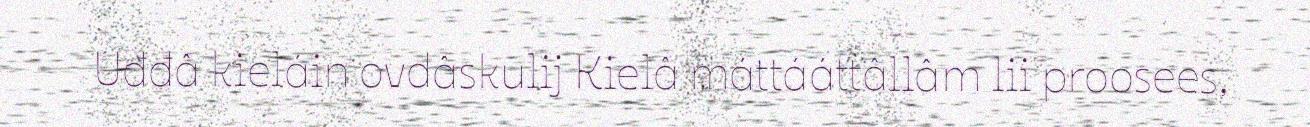
Uđđâ kieláin ovdâskulij Kielâ máttááttâllâm lii proosees,